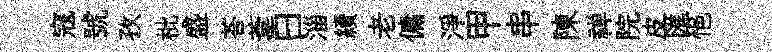
寇號孜枇盛荅葦曰淄續老傭淨甲串陳禅院皮匯悒